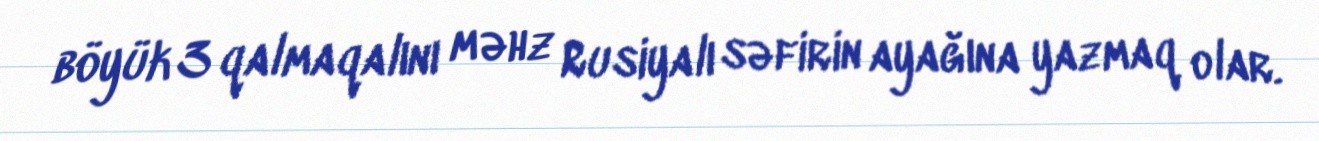
böyük 3 qalmaqalını məhz Rusiyalı səfirin ayağına yazmaq olar.